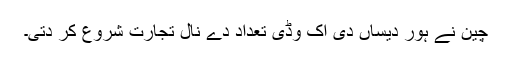
چین نے ہور دیساں دی اک وڈی تعداد دے نال تجارت شروع کر دتی۔